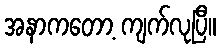
အနာကတော့ ကျက်လုပြီ။